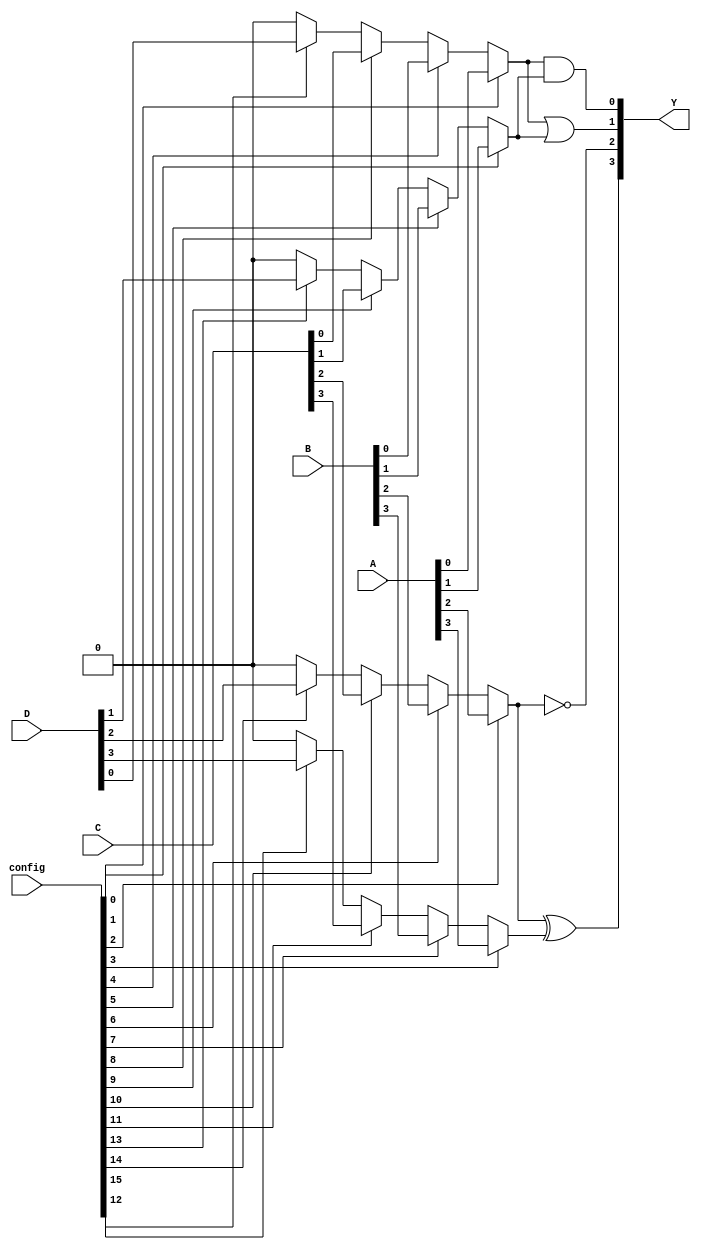
module CLB (
    input wire [3:0] A,        // 4-bit input
    input wire [3:0] B,        // 4-bit input
    input wire [3:0] C,        // 4-bit input
    input wire [3:0] D,        // 4-bit input
    input wire [15:0] config,  // Configuration bits for SRAM cells
    output wire [3:0] Y        // 4-bit output
);

// Internal wires for MUX outputs
wire [3:0] mux_out;

// Multiplexer logic
genvar i;
generate
    for (i = 0; i < 4; i = i + 1) begin : mux
        assign mux_out[i] = (config[i] == 1'b1) ? A[i] :
                             (config[i + 4] == 1'b1) ? B[i] :
                             (config[i + 8] == 1'b1) ? C[i] :
                             (config[i + 12] == 1'b1) ? D[i] : 1'b0;
    end
endgenerate

// Logic function implementation
assign Y[0] = mux_out[0] & mux_out[1]; // Example: AND function
assign Y[1] = mux_out[0] | mux_out[1]; // Example: OR function
assign Y[2] = ~mux_out[2];              // Example: NOT function
assign Y[3] = mux_out[2] ^ mux_out[3]; // Example: XOR function

endmodule